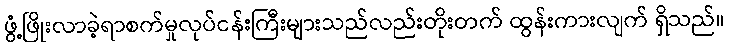
ဖွံ့ဖြိုးလာခဲ့ရာစက်မှုလုပ်ငန်းကြီးများသည်လည်းတိုးတက် ထွန်းကားလျက် ရှိသည်။